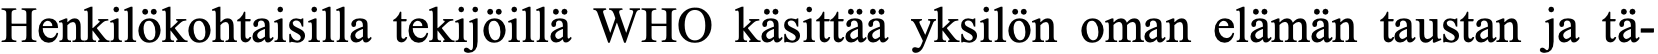
Henkilökohtaisilla tekijöillä WHO käsittää yksilön oman elämän taustan ja tä-